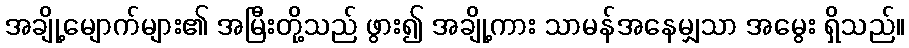
အချို့မျောက်များ၏ အမြီးတို့သည် ဖွား၍ အချို့ကား သာမန်အနေမျှသာ အမွေး ရှိသည်။